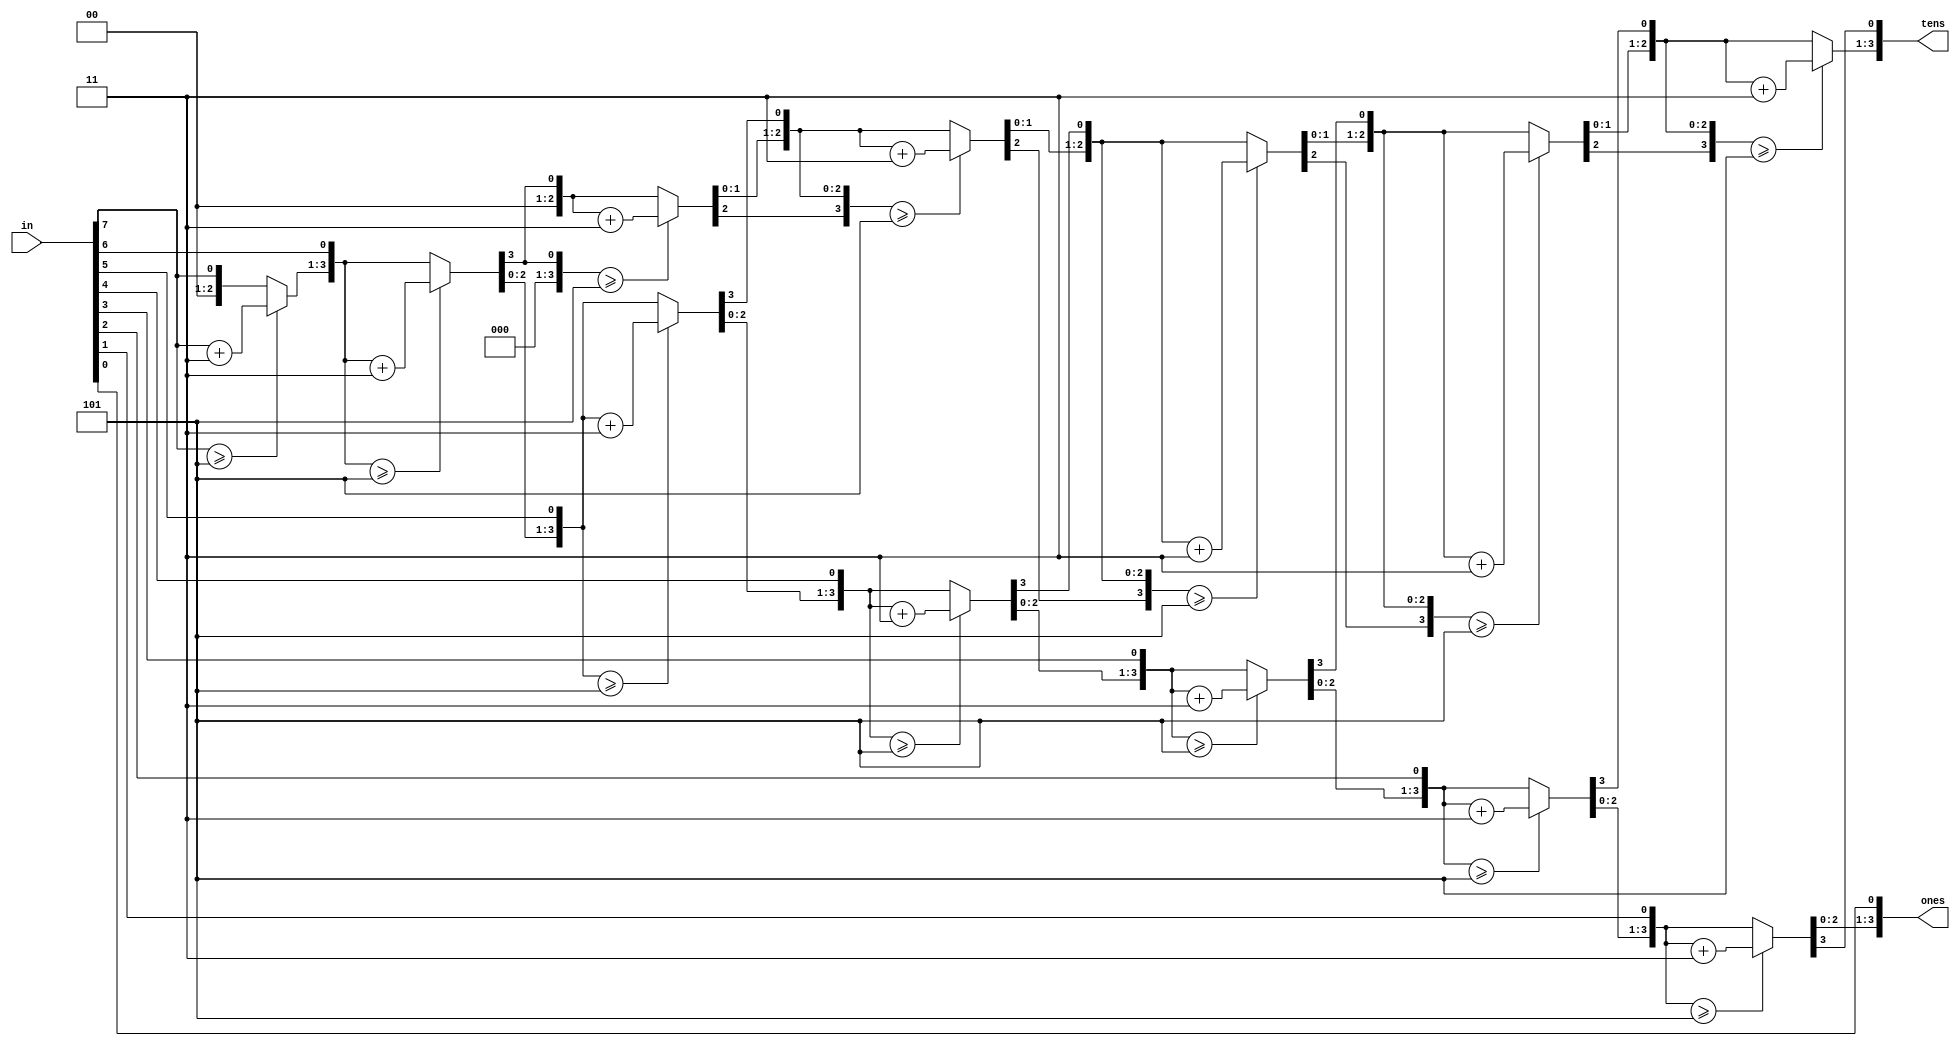
/*********************************************
* Derek Prince                               *
* ECEN 2350: Digital Logic                   *
* LFSR PRNG Generator Guessing Game          *
* Altera Cyclone 3 EP3C16F484                *
*                                            *
*                                            *
**********************************************

Copyright (c) 2016 Derek Prince

Permission is hereby granted, free of charge, to any person obtaining a copy
of this software and associated documentation files (the "Software"), to deal
in the Software without restriction, including without limitation the rights
to use, copy, modify, merge, publish, distribute, sublicense, and/or sell
copies of the Software, and to permit persons to whom the Software is
furnished to do so, subject to the following conditions:

The above copyright notice and this permission notice shall be included in all
copies or substantial portions of the Software.

THE SOFTWARE IS PROVIDED "AS IS", WITHOUT WARRANTY OF ANY KIND, EXPRESS OR
IMPLIED, INCLUDING BUT NOT LIMITED TO THE WARRANTIES OF MERCHANTABILITY,
FITNESS FOR A PARTICULAR PURPOSE AND NONINFRINGEMENT. IN NO EVENT SHALL THE
AUTHORS OR COPYRIGHT HOLDERS BE LIABLE FOR ANY CLAIM, DAMAGES OR OTHER
LIABILITY, WHETHER IN AN ACTION OF CONTRACT, TORT OR OTHERWISE, ARISING FROM,
OUT OF OR IN CONNECTION WITH THE SOFTWARE OR THE USE OR OTHER DEALINGS IN THE
SOFTWARE.

*/

// Doubble Dabble
// Also known as shift-and-add 3. But that's stupid.
module bcd(in, ones, tens);

  input [7:0] in;

  output reg [3:0] ones, tens;  //I only care about -99 through 99.
  reg [3:0] hundreds;           // not defined as i/o to avoid compiler bitching about ports.

  integer i;
  always@ (in) begin
    ones = 4'b0;
    tens = 4'b0;
    hundreds = 4'b0;

    //do for loops work in hardware? I thought this was a system Verilog thing.
    for (i=7; i>=0; i=i-1) begin
      if (hundreds >= 5)
        hundreds = hundreds + 3;
      if (tens >= 5)
        tens = tens + 3;
      if (ones >= 5)
        ones = ones + 3;

        //shifting bits in
        hundreds = {hundreds[2:0], tens[3]};
        tens = {tens[2:0], ones[3]};
        ones = {ones[2:0], in[i]};
    end
  end

endmodule